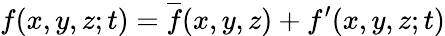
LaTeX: f(x,y,z;t)=\overline{{f}}(x,y,z)+f^{\prime}(x,y,z;t)